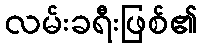
လမ်းခရီးဖြစ်၏